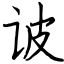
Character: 诐